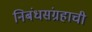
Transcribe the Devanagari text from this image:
निबंधसंग्रहाची